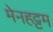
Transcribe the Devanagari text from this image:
मेनहट्टम